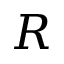
R